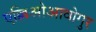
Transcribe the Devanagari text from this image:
एल्लिओआवोगुर